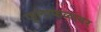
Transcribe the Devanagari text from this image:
फुलाफळावर